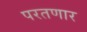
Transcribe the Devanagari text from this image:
परतणार